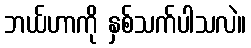
ဘယ်ဟာကို နှစ်သက်ပါသလဲ။